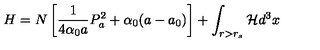
H = N \left[ \frac { 1 } { 4 \alpha _ { 0 } a } P _ { a } ^ { 2 } + \alpha _ { 0 } ( a - a _ { 0 } ) \right] + \int _ { r > r _ { s } } { \cal H } d ^ { 3 } x